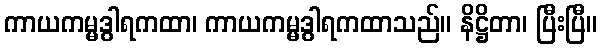
ကာယကမ္မဒွါရကထာ၊ ကာယကမ္မဒွါရကထာသည်။ နိဋ္ဌိတာ၊ ပြီးပြီ။